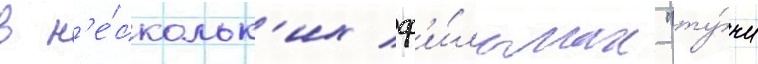
в н'е́скольк'их ф'и́льмах "ту́чи